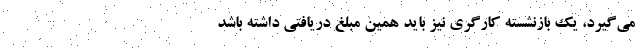
می‌گیرد، یک بازنشسته کارگری نیز باید همین مبلغ دریافتی داشته باشد